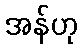
အန်ဟု